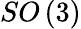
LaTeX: SO\left(3\right)